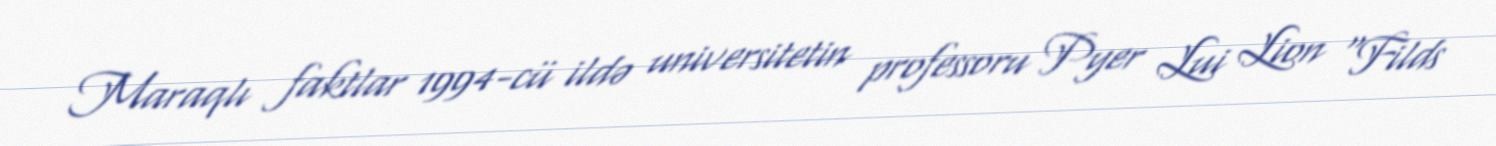
Maraqlı faktlar 1994-cü ildə universitetin professoru Pyer Lui Lion "Filds